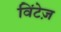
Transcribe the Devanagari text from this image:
विंटेज़